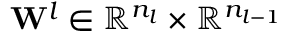
\mathbf { W } ^ { l } \in \mathbb { R } ^ { n _ { l } } \times \mathbb { R } ^ { n _ { l - 1 } }